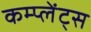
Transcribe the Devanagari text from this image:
कम्प्लेंट्स